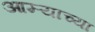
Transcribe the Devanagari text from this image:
आग्ऱ्याच्या